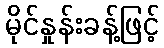
မိုင်နှုန်းခန့်ဖြင့်